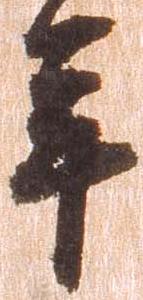
年